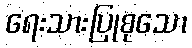
ရေးသားပြုစုသော